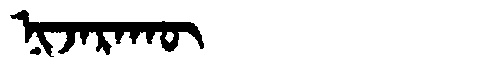
Manchu: ᠨᡳᠵᠠᡵᠠᡴᡡ
Romanization: NIJARAKŪ